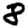
Digit: 8